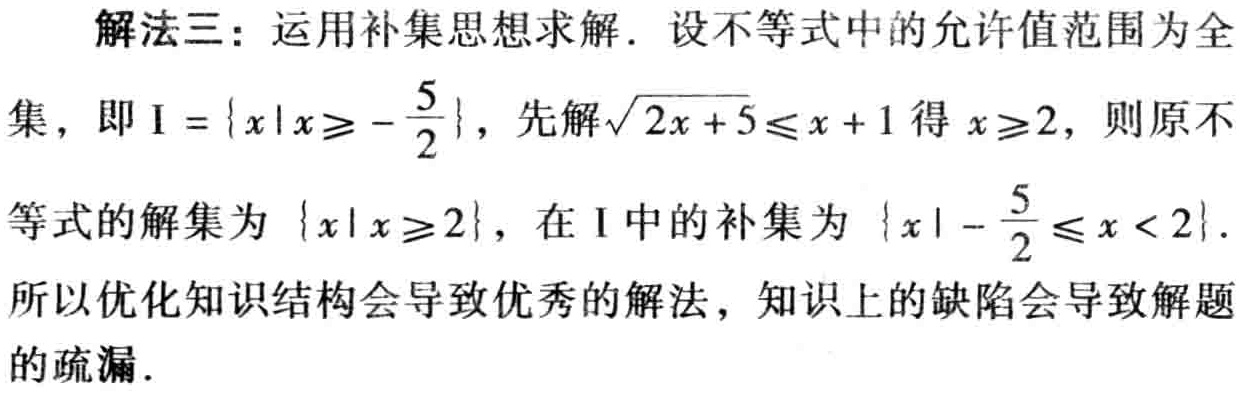
解法三：运用补集思想求解．设不等式中的允许值范围为全集，即\(I = \{x|x\geqslant -\frac{5}{2}\}\)，先解\(\sqrt{2x + 5}\leqslant x + 1\)得\(x\geqslant 2\)，则原不等式的解集为 \(\{x|x\geqslant 2\}\)，在\(I\)中的补集为 \(\{x| -\frac{5}{2}\leqslant x < 2\}\)．所以优化知识结构会导致优秀的解法，知识上的缺陷会导致解题的疏漏．